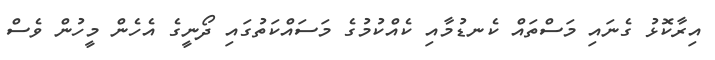
އިރާކޮޅު ގެނައި މަސްތައް ކެނޑުމާއި ކެއްކުމުގެ މަސައްކަތުގައި ދޯނީގެ އެހެން މީހުން ވެސް